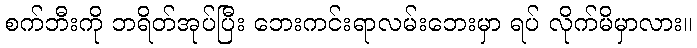
စက်ဘီးကို ဘရိတ်အုပ်ပြီး ဘေးကင်းရာလမ်းဘေးမှာ ရပ် လိုက်မိမှာလား။